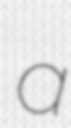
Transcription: a